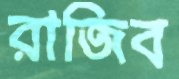
রাজিব